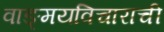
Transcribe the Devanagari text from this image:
वाङ्मयविचाराची